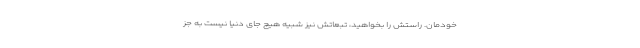
خودمان. راستش را بخواهید، تبعاتش نیز شبیه هیچ جای دنیا نیست به جز